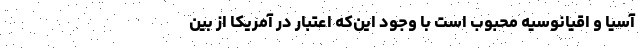
آسیا و اقیانوسیه محبوب است با وجود این‌که اعتبار در آمریکا از بین